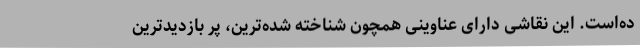
ده‌است. این نقاشی دارای عناوینی همچون شناخته شده‌ترین، پُر بازدیدترین